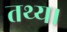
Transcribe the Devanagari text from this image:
तथ्य।